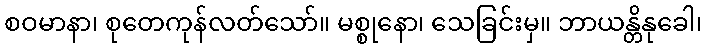
စဝမာနာ၊ စုတေကုန်လတ်သော်။ မစ္စုနော၊ သေခြင်းမှ။ ဘာယန္တိနုခေါ၊